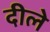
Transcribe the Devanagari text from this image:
दीले